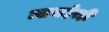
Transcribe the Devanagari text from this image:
त्याबाहेरही